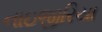
નાઇજીરિયા